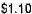
$1.10